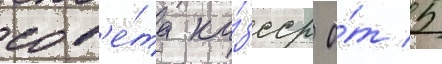
сов'е́та ка́зсср о́т 5